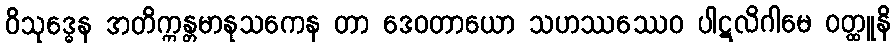
ဝိသုဒ္ဓေန အတိက္ကန္တမာနုသကေန တာ ဒေဝတာယော သဟဿဿေဝ ပါဋလိဂါမေ ဝတ္ထူနိ